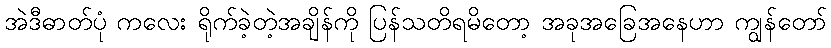
အဲဒီဓာတ်ပုံ ကလေး ရိုက်ခဲ့တဲ့အချိန်ကို ပြန်သတိရမိတော့ အခုအခြေအနေဟာ ကျွန်တော်